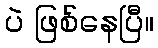
ပဲ ဖြစ်နေပြီ။